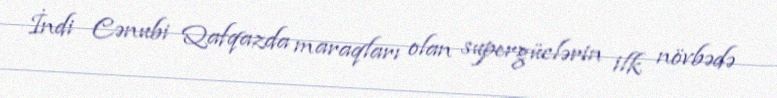
İndi Cənubi Qafqazda maraqları olan supergüclərin ilk növbədə